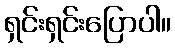
ရှင်းရှင်းပြောပါ။